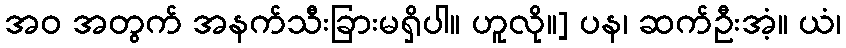
အဝ အတွက် အနက်သီးခြားမရှိပါ။ ဟူလို။] ပန၊ ဆက်ဦးအံ့။ ယံ၊